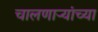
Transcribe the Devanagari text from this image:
चालणार्‍यांच्या